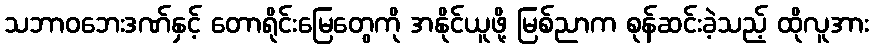
သဘာဝဘေးဒဏ်နှင့် တောရိုင်းမြေတွေကို အနိုင်ယူဖို့ မြစ်ညာက စုန်ဆင်းခဲ့သည့် ထိုလူအား